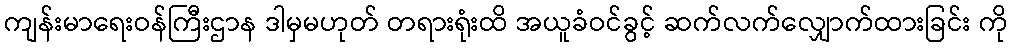
ကျန်းမာရေးဝန်ကြီးဌာန ဒါမှမဟုတ် တရားရုံးထိ အယူခံဝင်ခွင့် ဆက်လက်လျှောက်ထားခြင်း ကို